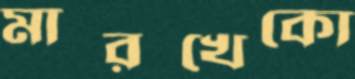
মারখেকো